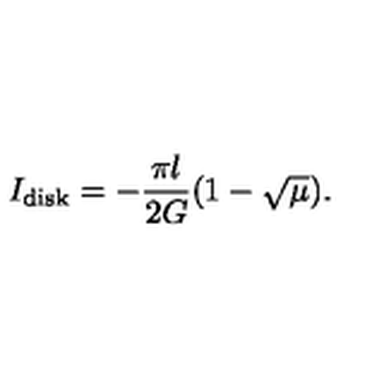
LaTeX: I _ { \mathrm { d i s k } } = - \frac { \pi l } { 2 G } ( 1 - \sqrt { \mu } ) .